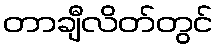
တာချီလိတ်တွင်